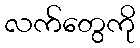
လက်တွေကို